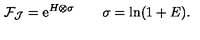
{ \cal F } _ { \cal J } = \mathrm { e } ^ { H \otimes \sigma } \qquad \sigma = \ln ( 1 + E ) .